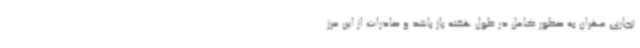
تجاری مهران به صطور کامل در طول هفته باز باشد و صادرات از این مرز